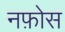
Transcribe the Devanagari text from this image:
नफ़ोस